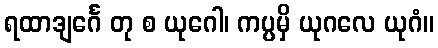
ရထာဒျင်္ဂေ တု စ ယုဂေါ၊ ကပ္ပမှိ ယုဂလေ ယုဂံ။